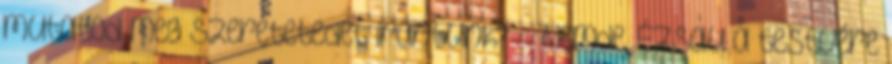
mutatod meg szeretetedet irántunk?’ – Nemde, Ézsau a testvére